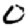
Digit: 0